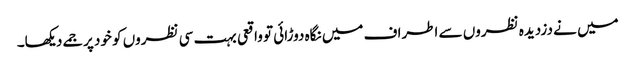
میں نے دزدیدہ نظروں سے اطراف میں نگاہ دوڑائی تو واقعی بہت سی نظروں کو خود پر جمے دیکھا۔